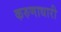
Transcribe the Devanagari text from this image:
करुणाधारी